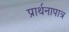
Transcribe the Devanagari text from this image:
प्रार्थनापात्र